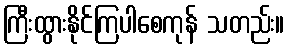
ကြီးထွားနိုင်ကြပါစေကုန် သတည်း။